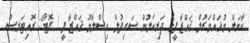
ކާނަލް މުޣައްމަރުލް ޤައްޒާފީގެ ދަރިކަލުން ސައިފުލް އިސްލާމު ޤައްޒާފީ / ފޮޓޯ: ރޮއިޓަރސް